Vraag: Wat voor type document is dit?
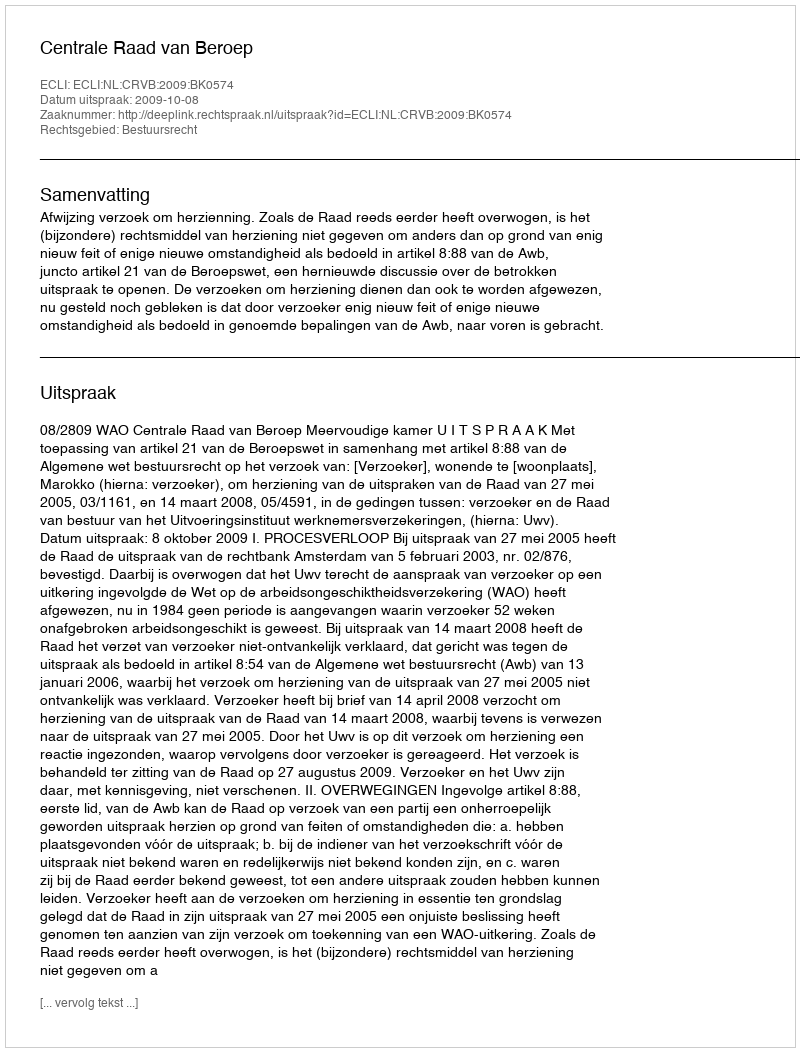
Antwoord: Uitspraak